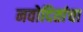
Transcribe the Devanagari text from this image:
नवोदितांचा